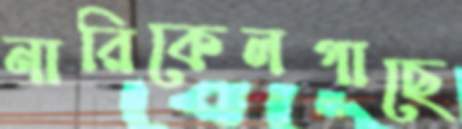
নারিকেলগাছে